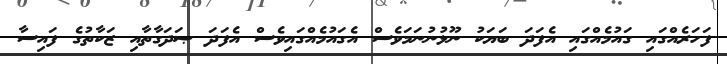
ފަހަރެއްގައި ގައުމެއްގައި އެފަދަ ބަޔަކު ނޫޅުނުނަމަވެސް އެގައުމެއްގައިވެސް އެފަދަ ޞަދަގާތާއި ޒަކާތުގެ ފައިސާ